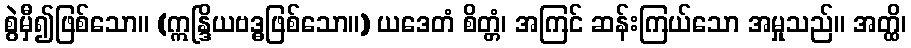
စွဲမှီ၍ဖြစ်သော။ (ဣန္ဒြိယဗဒ္ဓဖြစ်သော။) ယဒေတံ စိတ္တံ၊ အကြင် ဆန်းကြယ်သော အမှုသည်။ အတ္ထိ၊